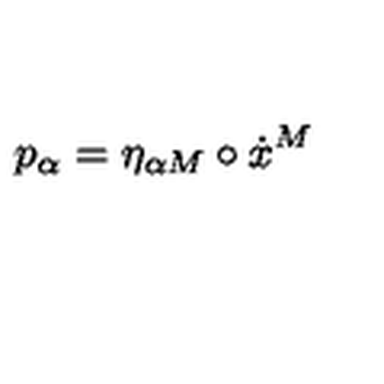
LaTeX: p _ { \alpha } = \eta _ { \alpha M } \circ \dot { x } ^ { M }